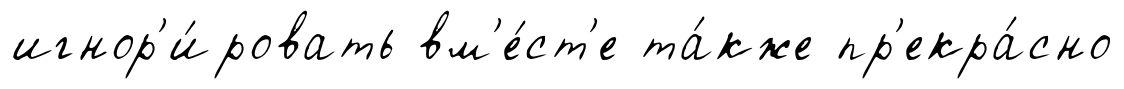
игнор'и́ровать вм'е́ст'е та́кже пр'екра́сно